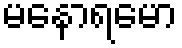
မနောရမော